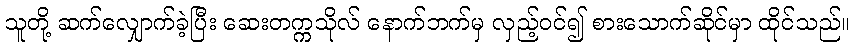
သူတို့ ဆက်လျှောက်ခဲ့ပြီး ဆေးတက္ကသိုလ် နောက်ဘက်မှ လှည့်ဝင်၍ စားသောက်ဆိုင်မှာ ထိုင်သည်။